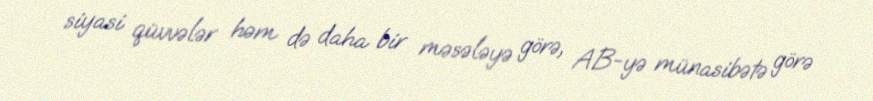
siyasi qüvvələr həm də daha bir məsələyə görə, AB-yə münasibətə görə